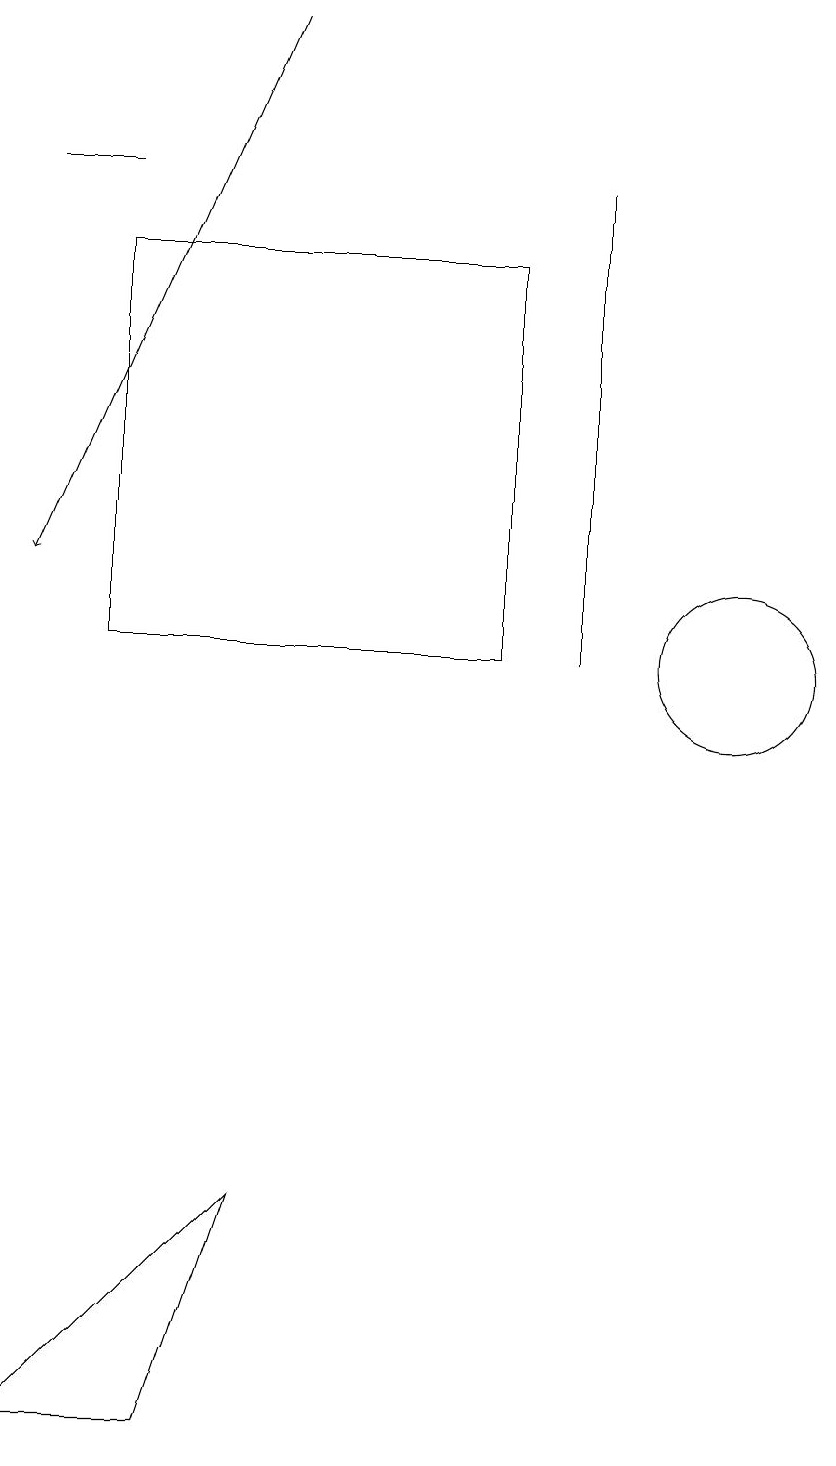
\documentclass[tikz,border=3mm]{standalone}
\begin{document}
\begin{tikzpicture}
\draw (4,4) -- (1,1) -- (3,1) -- cycle;
\draw[->] (4,19) -- (1,12);
\draw (7,11) rectangle (2,16);
\draw (8,17) rectangle (8,11);
\draw (1,17) rectangle (2,17);
\draw (10,11) circle (1);
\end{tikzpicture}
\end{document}